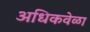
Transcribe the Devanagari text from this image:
अधिकवेळा